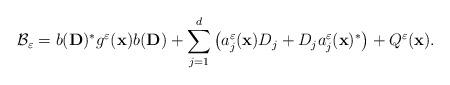
LaTeX: \begin{align*}\mathcal{B}_\varepsilon =b(\mathbf{D})^*g^\varepsilon (\mathbf{x})b(\mathbf{D})+\sum \limits _{j=1}^d\left( a_j^\varepsilon (\mathbf{x})D_j +D_ja_j^\varepsilon (\mathbf{x})^*\right) +Q^\varepsilon (\mathbf{x}).\end{align*}